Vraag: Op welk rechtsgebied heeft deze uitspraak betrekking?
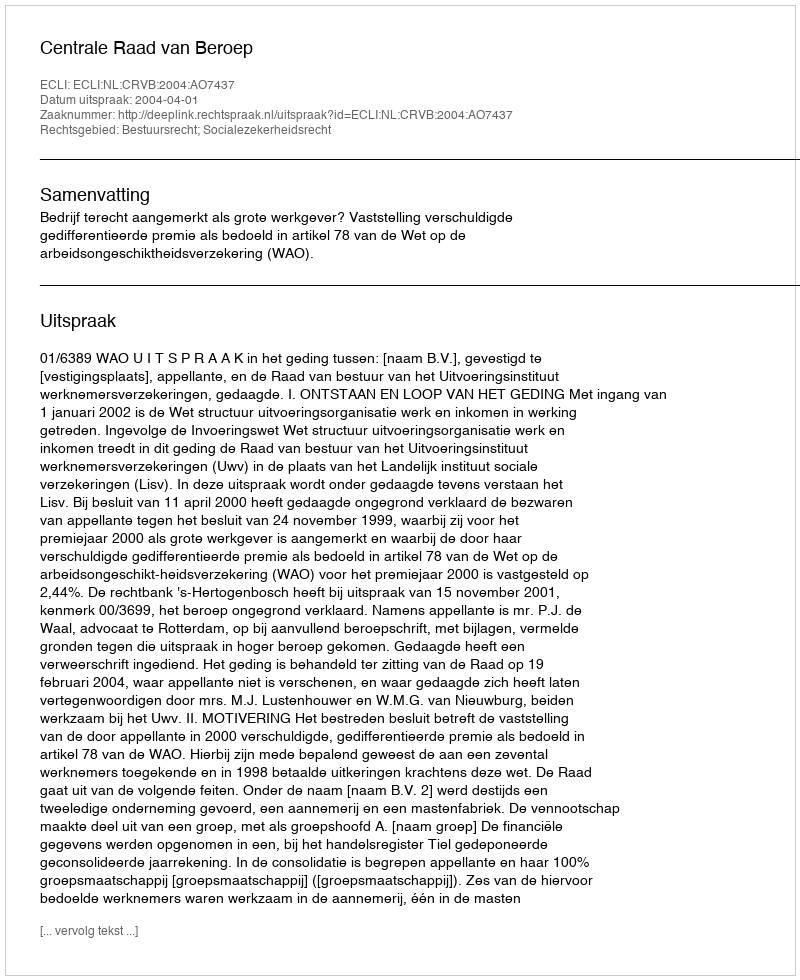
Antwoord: Bestuursrecht; Socialezekerheidsrecht